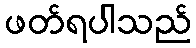
ဖတ်ရပါသည်